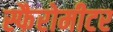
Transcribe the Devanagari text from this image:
स्फैरोमीटर